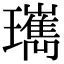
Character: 㼇